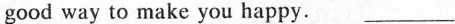
good way to make you happy.___